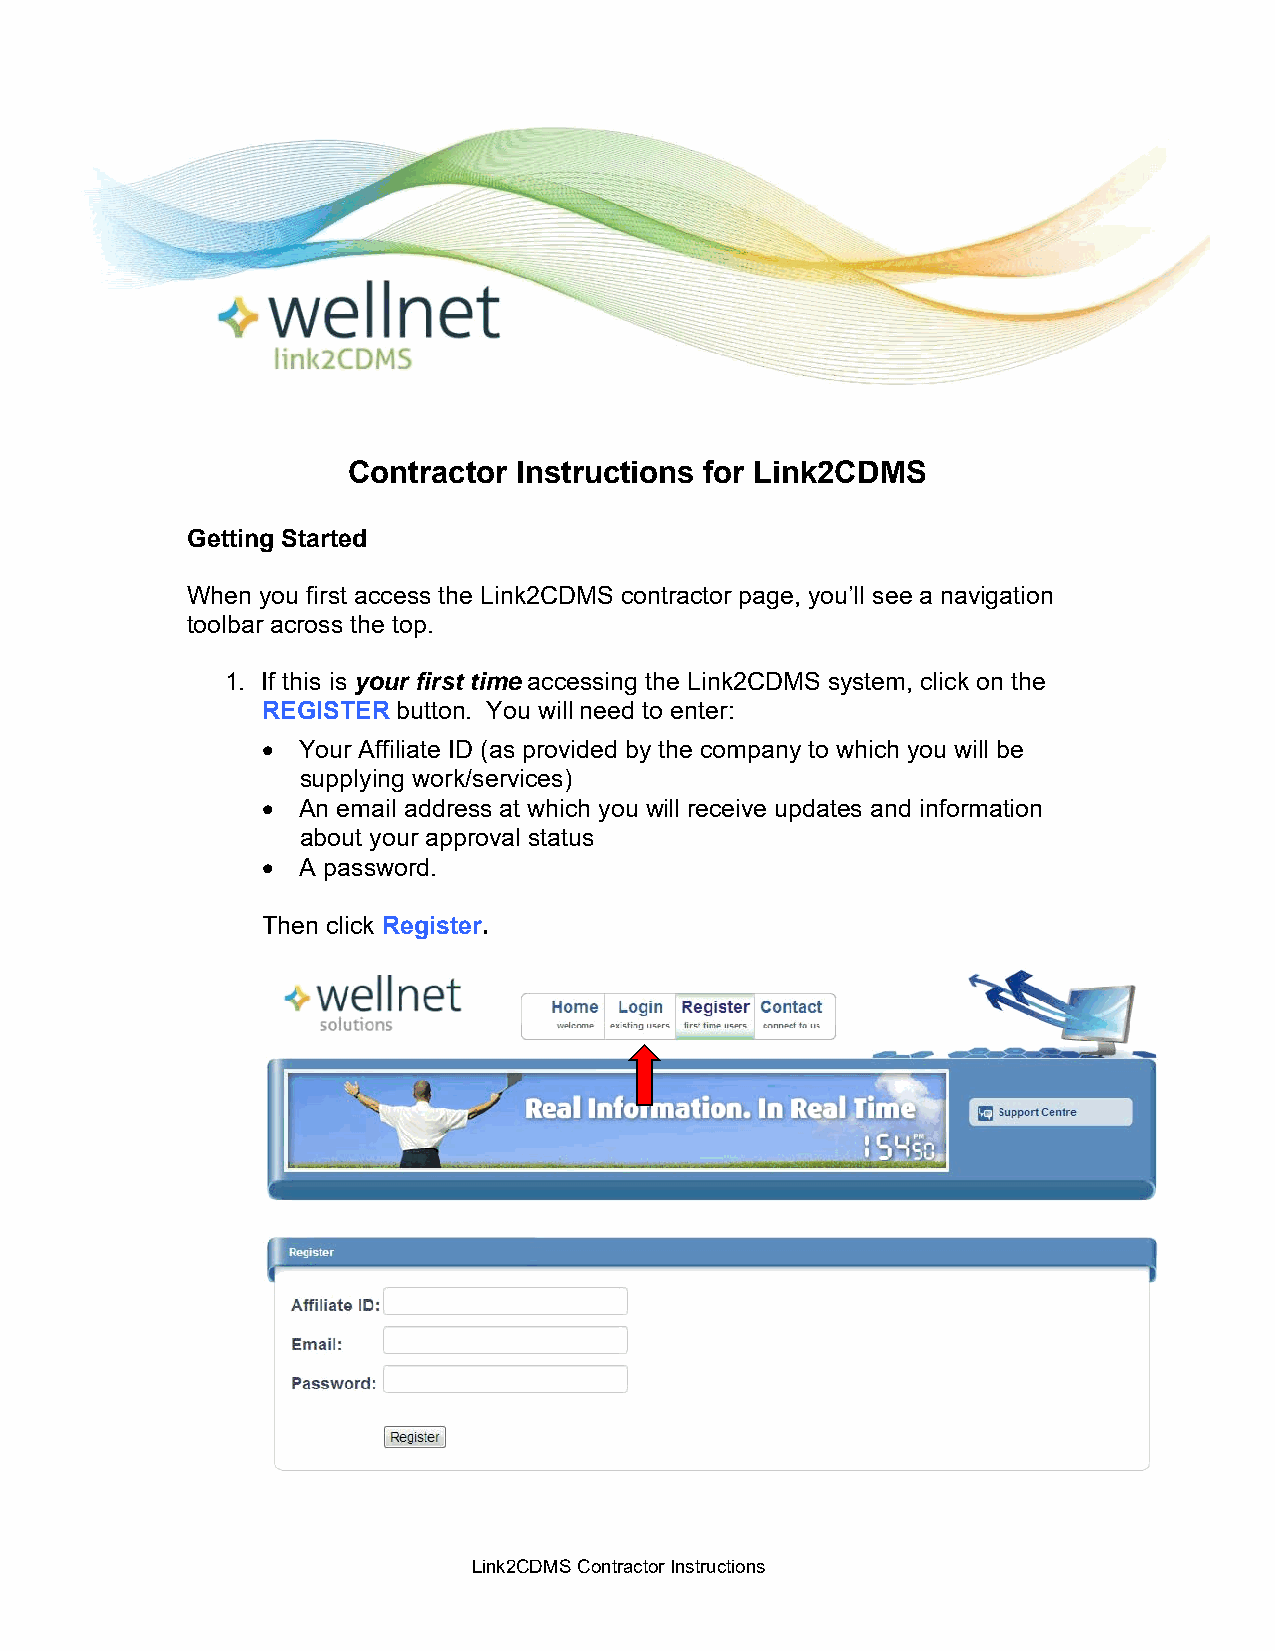
Contractor Instructions for Link2CDMS
 Getting Started
 When you first access the Link2CDMS contractor page, you’ll see a navigation
 toolbar across the top.
 1. If this is your first time accessing the Link2CDMS system, click on the
 REGISTER button. You will need to enter:
   Your Affiliate ID (as provided by the company to which you will be
 supplying work/services)
   An email address at which you will receive updates and information
 about your approval status
   A password.
 Then click Register.
 Link2CDMS Contractor Instructions